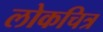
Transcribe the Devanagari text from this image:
लोकचित्र